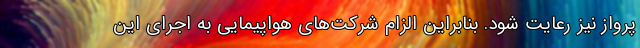
پرواز نیز رعایت شود. بنابراین الزام شرکت‌های هواپیمایی به اجرای این